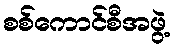
စစ်ကောင်စီအဖွဲ့